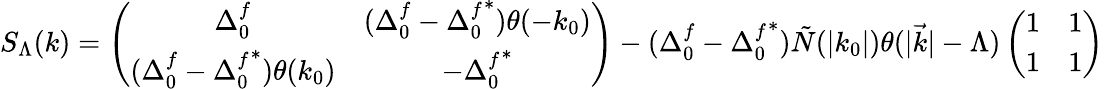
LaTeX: S_{\Lambda}(k)=\left(\begin{array}{cc}{{\Delta_{0}^{f}}}&{{(\Delta_{0}^{f}-{\Delta_{0}^{f}}^{*})\theta(-k_{0})}}\\ {{(\Delta_{0}^{f}-{\Delta_{0}^{f}}^{*})\theta(k_{0})}}&{{-{\Delta_{0}^{f}}^{*}}}\end{array}\right)-(\Delta_{0}^{f}-{\Delta_{0}^{f}}^{*})\tilde{N}(|k_{0}|)\theta(|\vec{k}|-\Lambda)\left(\begin{array}{cc}{{1}}&{{1}}\\ {{1}}&{{1}}\end{array}\right)